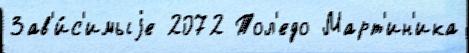
Зав'и́с'имыjе 2072 Тол'едо Март'ин'ика